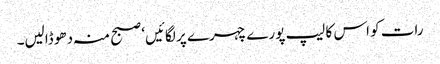
رات کو اس کا لیپ پورے چہرے پر لگائیں‘ صبح منہ دھو ڈالیں۔